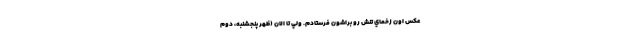
عكس اون زخماي تنش رو براشون فرستادم. ولي تا الان (ظهر پنجشنبه، دوم